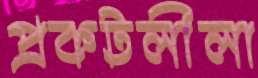
প্রকটলীলা